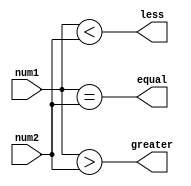
module fixed_point_comparator(
    input [7:0] num1,
    input [7:0] num2,
    output equal,
    output greater,
    output less
);

    assign equal = (num1 == num2);
    assign greater = (num1 > num2);
    assign less = (num1 < num2);

endmodule